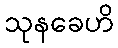
သုနခေဟိ